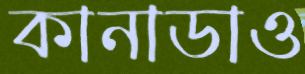
কানাডাও